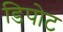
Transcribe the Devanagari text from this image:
डिपोट